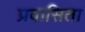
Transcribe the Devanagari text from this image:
प्रवासिता